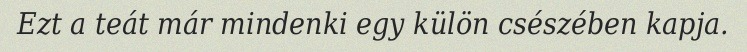
Ezt a teát már mindenki egy külön csészében kapja.